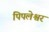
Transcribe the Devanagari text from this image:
पिपलेश्वर